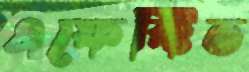
এফেক্টিভ